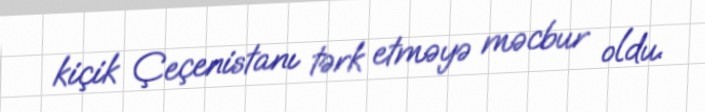
kiçik Çeçenistanı tərk etməyə məcbur oldu.